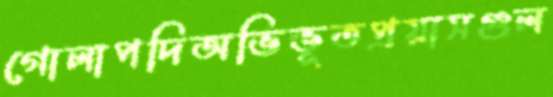
গোলাপদিঅভিভূতপ্রয়াসগুল